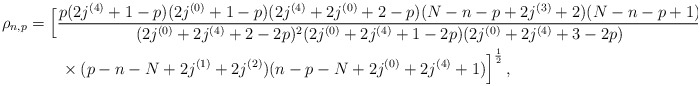
\begin{align*}\rho_{n,p} &= \Big[{\frac{p(2j^{(4)}+1-p)(2j^{(0)}+1-p)(2j^{(4)}+2j^{(0)}+2-p)(N-n-p+2j^{(3)}+2)(N-n-p+1) }{(2j^{(0)}+2j^{(4)} +2-2p)^2(2j^{(0)}+2j^{(4)}+1-2p)(2j^{(0)}+2j^{(4)}+3-2p) } } \\ &\qquad\times { (p-n-N+2j^{(1)}+2j^{(2)})(n-p-N +2j^{(0)}+2j^{(4)}+1) }\Big]^{\frac12}\,, \end{align*}